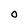
Character: O